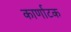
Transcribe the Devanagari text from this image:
कार्णाटक